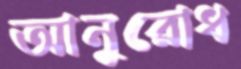
আনুরোধ